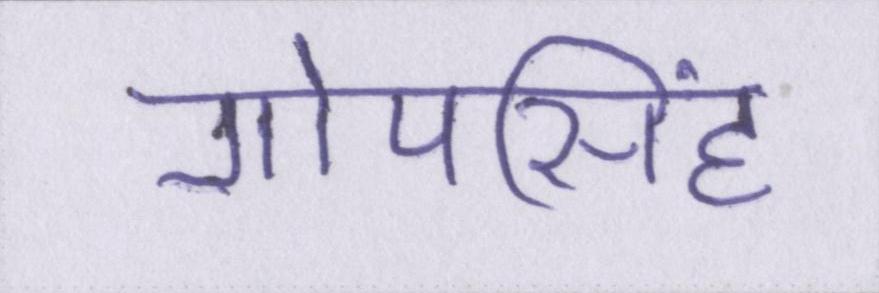
गोपसिंह